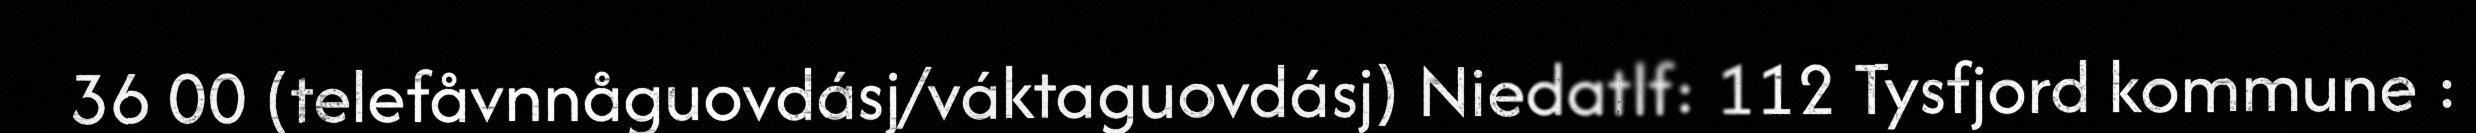
36 00 (telefåvnnåguovdásj/váktaguovdásj) Niedatlf: 112 Tysfjord kommune :